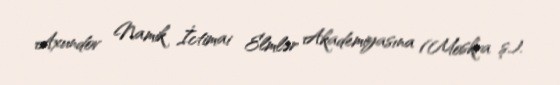
Axundov Namik İctimai Elmlər Akademiyasına (Moskva ş.).